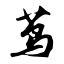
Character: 茑